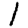
Digit: 1